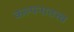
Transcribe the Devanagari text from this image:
कल्पनातत्त्व